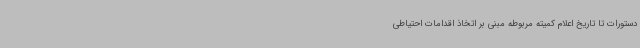
دستورات تا تاریخ اعلام کمیته مربوطه مبنی بر اتخاذ اقدامات احتیاطی